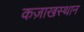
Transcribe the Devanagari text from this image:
कज़ाखस्थान